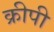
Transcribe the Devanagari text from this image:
क्रीपी